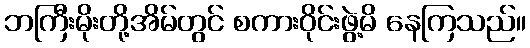
ဘကြီးမိုးတို့အိမ်တွင် စကားဝိုင်းဖွဲ့မိ နေကြသည်။